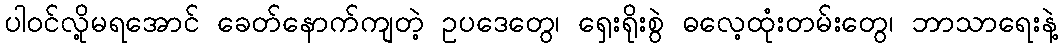
ပါဝင်လို့မရအောင် ခေတ်နောက်ကျတဲ့ ဥပဒေတွေ၊ ရှေးရိုးစွဲ ဓလေ့ထုံးတမ်းတွေ၊ ဘာသာရေးနဲ့